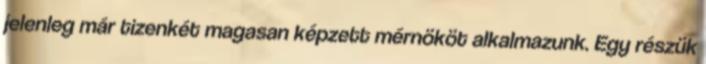
jelenleg már tizenkét magasan képzett mérnököt alkalmazunk. Egy részük